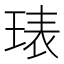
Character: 𭹙